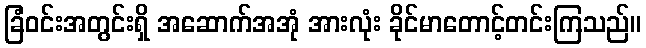
ခြံဝင်းအတွင်းရှိ အဆောက်အအုံ အားလုံး ခိုင်မာတောင့်တင်းကြသည်။